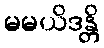
မမယိဒန္တိ